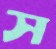
স